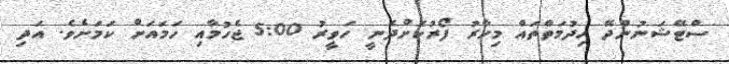
ސްޓޭޝަނުންދޭ ހިދުމަތްތައް މިހާރު ފޯރުކޮށްދެނީ ހަވީރު 5:00 ޖެހުމާއި ހަމައަށް ކަމަށެވެ. އަދި